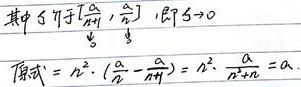
其中 \(\xi\in\left[\frac{a}{n + 1},\frac{a}{n}\right]\)，即 \(n\rightarrow\infty\) 时 \(\xi\rightarrow0\)。原式 \(=n^2\cdot\frac{a}{n(n + 1)}=n^2\cdot\frac{a}{n^2 + n}=a\)